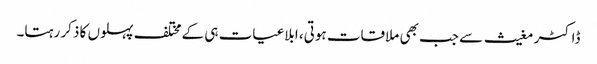
ڈاکٹر مغیث سے جب بھی ملاقات ہوتی، ابلاغیات ہی کے مختلف پہلوں کا ذکر رہتا۔